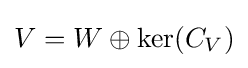
V=W\oplus \mathrm {ker} (C_{V})